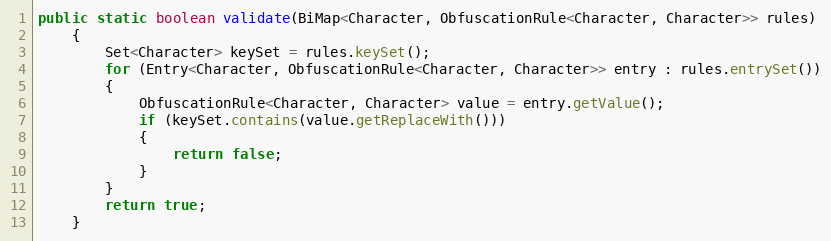
Language: Java
public static boolean validate(BiMap<Character, ObfuscationRule<Character, Character>> rules)
	{
		Set<Character> keySet = rules.keySet();
		for (Entry<Character, ObfuscationRule<Character, Character>> entry : rules.entrySet())
		{
			ObfuscationRule<Character, Character> value = entry.getValue();
			if (keySet.contains(value.getReplaceWith()))
			{
				return false;
			}
		}
		return true;
	}